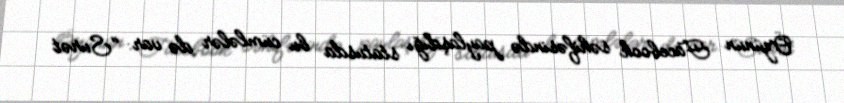
Özünün Facebook səhifəsində paylaşdığı statusda bu cümlələr də var: "Surət